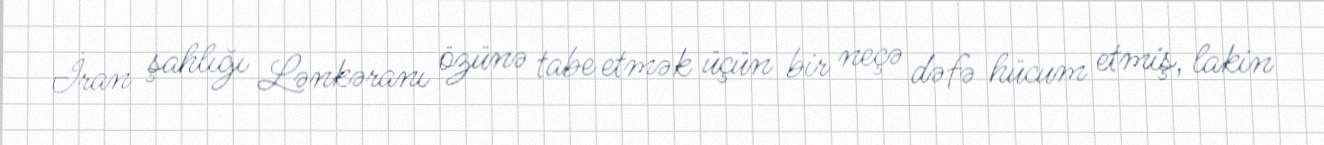
İran şahlığı Lənkəranı özünə tabe etmək üçün bir neçə dəfə hücum etmiş, lakin